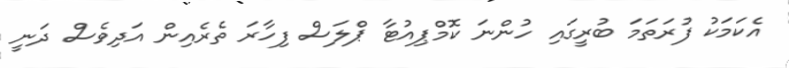
އެކަމަކު ފުރަތަމަ ބުރީގައި ހުންނަ ކޮމްޕިއުޓާ ޕްލަސް ފިހާރަ ތެރެއިން އަދިވެސް ދަނީ